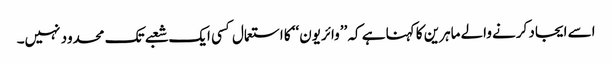
اسے ایجاد کرنے والے ماہرین کا کہنا ہے کہ ’’وائریون‘‘ کا استعمال کسی ایک شعبے تک محدود نہیں۔